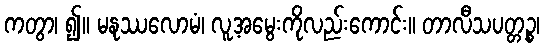
ကတွာ၊ ၍။ မနုဿလောမံ၊ လူ့အမွေးကိုလည်းကောင်း။ တာလီသပတ္တဉ္စ၊